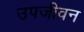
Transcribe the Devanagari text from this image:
उपजीवन